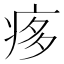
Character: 痑